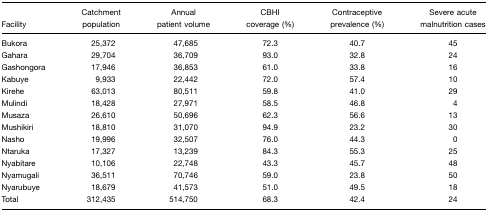
<table><thead><tr><td><b>Facility</b></td><td><b>Catchment population</b></td><td><b>Annual patient volume</b></td><td><b>CBHI coverage (%)</b></td><td><b>Contraceptive prevalence (%)</b></td><td><b>Severe acute malnutrition cases</b></td></tr></thead><tbody><tr><td>Bukora</td><td>25,372</td><td>47,685</td><td>72.3</td><td>40.7</td><td>45</td></tr><tr><td>Gahara</td><td>29,704</td><td>36,709</td><td>93.0</td><td>32.8</td><td>24</td></tr><tr><td>Gashongora</td><td>17,946</td><td>36,853</td><td>61.0</td><td>33.8</td><td>16</td></tr><tr><td>Kabuye</td><td>9,933</td><td>22,442</td><td>72.0</td><td>57.4</td><td>10</td></tr><tr><td>Kirehe</td><td>63,013</td><td>80,511</td><td>59.8</td><td>41.0</td><td>29</td></tr><tr><td>Mulindi</td><td>18,428</td><td>27,971</td><td>58.5</td><td>46.8</td><td>4</td></tr><tr><td>Musaza</td><td>26,610</td><td>50,696</td><td>62.3</td><td>56.6</td><td>13</td></tr><tr><td>Mushikiri</td><td>18,810</td><td>31,070</td><td>94.9</td><td>23.2</td><td>30</td></tr><tr><td>Nasho</td><td>19,996</td><td>32,507</td><td>76.0</td><td>44.3</td><td>0</td></tr><tr><td>Ntaruka</td><td>17,327</td><td>13,239</td><td>84.3</td><td>55.3</td><td>25</td></tr><tr><td>Nyabitare</td><td>10,106</td><td>22,748</td><td>43.3</td><td>45.7</td><td>48</td></tr><tr><td>Nyamugali</td><td>36,511</td><td>70,746</td><td>59.0</td><td>23.8</td><td>50</td></tr><tr><td>Nyarubuye</td><td>18,679</td><td>41,573</td><td>51.0</td><td>49.5</td><td>18</td></tr><tr><td>Total</td><td>312,435</td><td>514,750</td><td>68.3</td><td>42.4</td><td>24</td></tr></tbody></table>